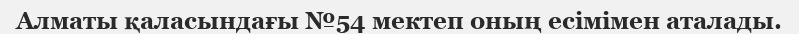
Алматы қаласындағы №54 мектеп оның есімімен аталады.